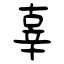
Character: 辜